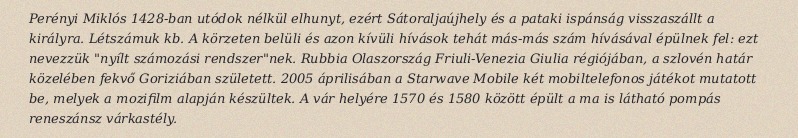
Perényi Miklós 1428-ban utódok nélkül elhunyt, ezért Sátoraljaújhely és a pataki ispánság visszaszállt a királyra. Létszámuk kb. A körzeten belüli és azon kívüli hívások tehát más-más szám hívásával épülnek fel: ezt nevezzük "nyílt számozási rendszer"nek. Rubbia Olaszország Friuli-Venezia Giulia régiójában, a szlovén határ közelében fekvő Goriziában született. 2005 áprilisában a Starwave Mobile két mobiltelefonos játékot mutatott be, melyek a mozifilm alapján készültek. A vár helyére 1570 és 1580 között épült a ma is látható pompás reneszánsz várkastély.